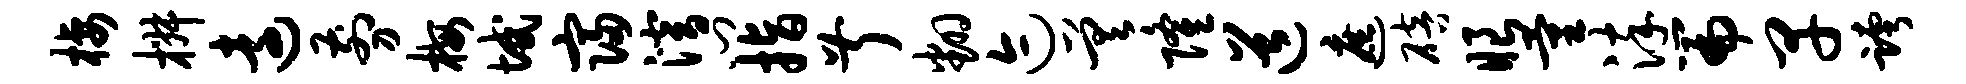
栖椒远剪梅域寝潜门指叔翻迹差隆道遮碚眼量淬篇早跨